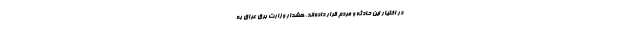
در اختیار این حادثه و مردم قرار داده‌اند. هشدار وزارت برق عراق به